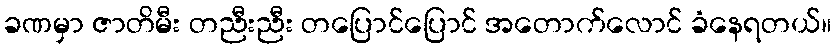
ခဏမှာ ဇာတိမီး တညီးညီး တပြောင်ပြောင် အတောက်လောင် ခံနေရတယ်။